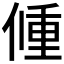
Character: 𨤨